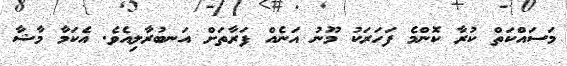
މަސައްކަތް ކުރާ ކޮންމެ ފަހަރަކު މޫނު އަނެއް ފަރާތަށް އަނބުރާލިއެވެ. އެކަމާ މާޝާ